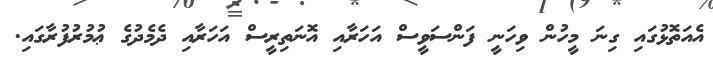
އެއަތޮޅުގައި ގިނަ މީހުން ވިހަނީ ފަންސަވީސް އަހަރާއި އޮނަތިރީސް އަހަރާއި ދެމެދުގެ ޢުމުރުފުރާގައި.